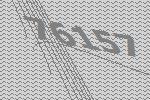
76157